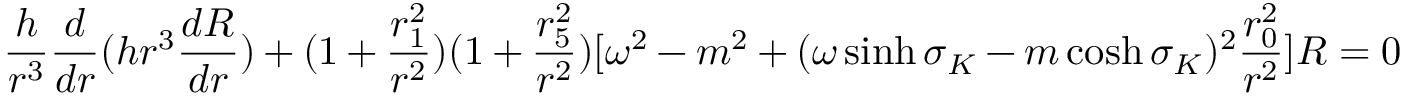
\frac { h } { r ^ { 3 } } \frac { d } { d r } ( h r ^ { 3 } \frac { d R } { d r } ) + ( 1 + \frac { r _ { 1 } ^ { 2 } } { r ^ { 2 } } ) ( 1 + \frac { r _ { 5 } ^ { 2 } } { r ^ { 2 } } ) [ \omega ^ { 2 } - m ^ { 2 } + ( \omega \sinh \sigma _ { K } - m \cosh \sigma _ { K } ) ^ { 2 } \frac { r _ { 0 } ^ { 2 } } { r ^ { 2 } } ] R = 0